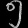
Digit: ၅